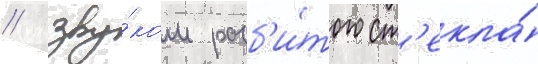
/ зву́ком разб'и́того ст'екла́